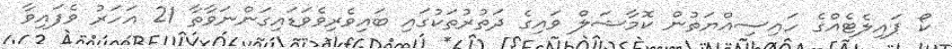
ކޯ ޕައިލެޓެއްގެ ހައިސިއްޔަތުން ކޮމާޝަލްް ވައިގެ ދަތުރުތަކުގައި ބައިވެރިވެވަޑައިގަންނަވާތާ 21 އަހަރު ވެފައިވާ